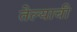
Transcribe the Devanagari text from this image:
तेल्याची